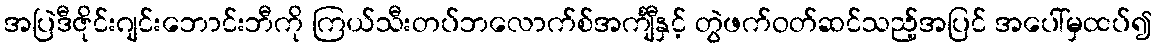
အပြဲဒီဇိုင်းဂျင်းဘောင်းဘီကို ကြယ်သီးတပ်ဘလောက်စ်အင်္ကျီနှင့် တွဲဖက်ဝတ်ဆင်သည့်အပြင် အပေါ်မှထပ်၍